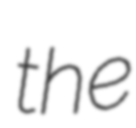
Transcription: the